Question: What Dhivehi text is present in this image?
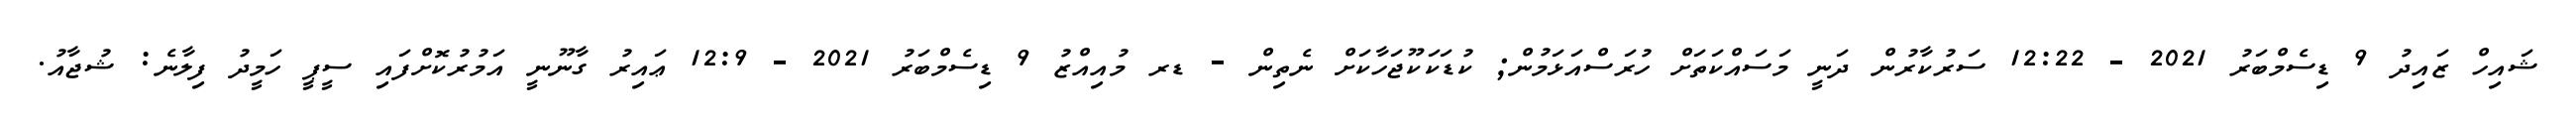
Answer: ޝައިހް ޒައިދު 9 ޑިސެމްބަރު 2021 - 12:22 ސަރުކާރުން ދަނީ މަސައްކަތަށް ހުރަސްއަޅަމުން; ކުޑަކަކޫޖަހާކަށް ނެތިން - ޑރ މުއިއްޒު 9 ޑިސެމްބަރު 2021 - 12:9 ޢައިރު ގާނޫނީ އަމުރުކޮށްފައި ސީޕީ ހަމީދު ފިލާނެ: ޝުޖާއު.